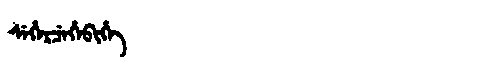
Manchu: ᠰᡝᡥᡝᡵᠴᡝᡥᡝᠪᡳᡥᡝ
Romanization: SEHERCEHEBIHE